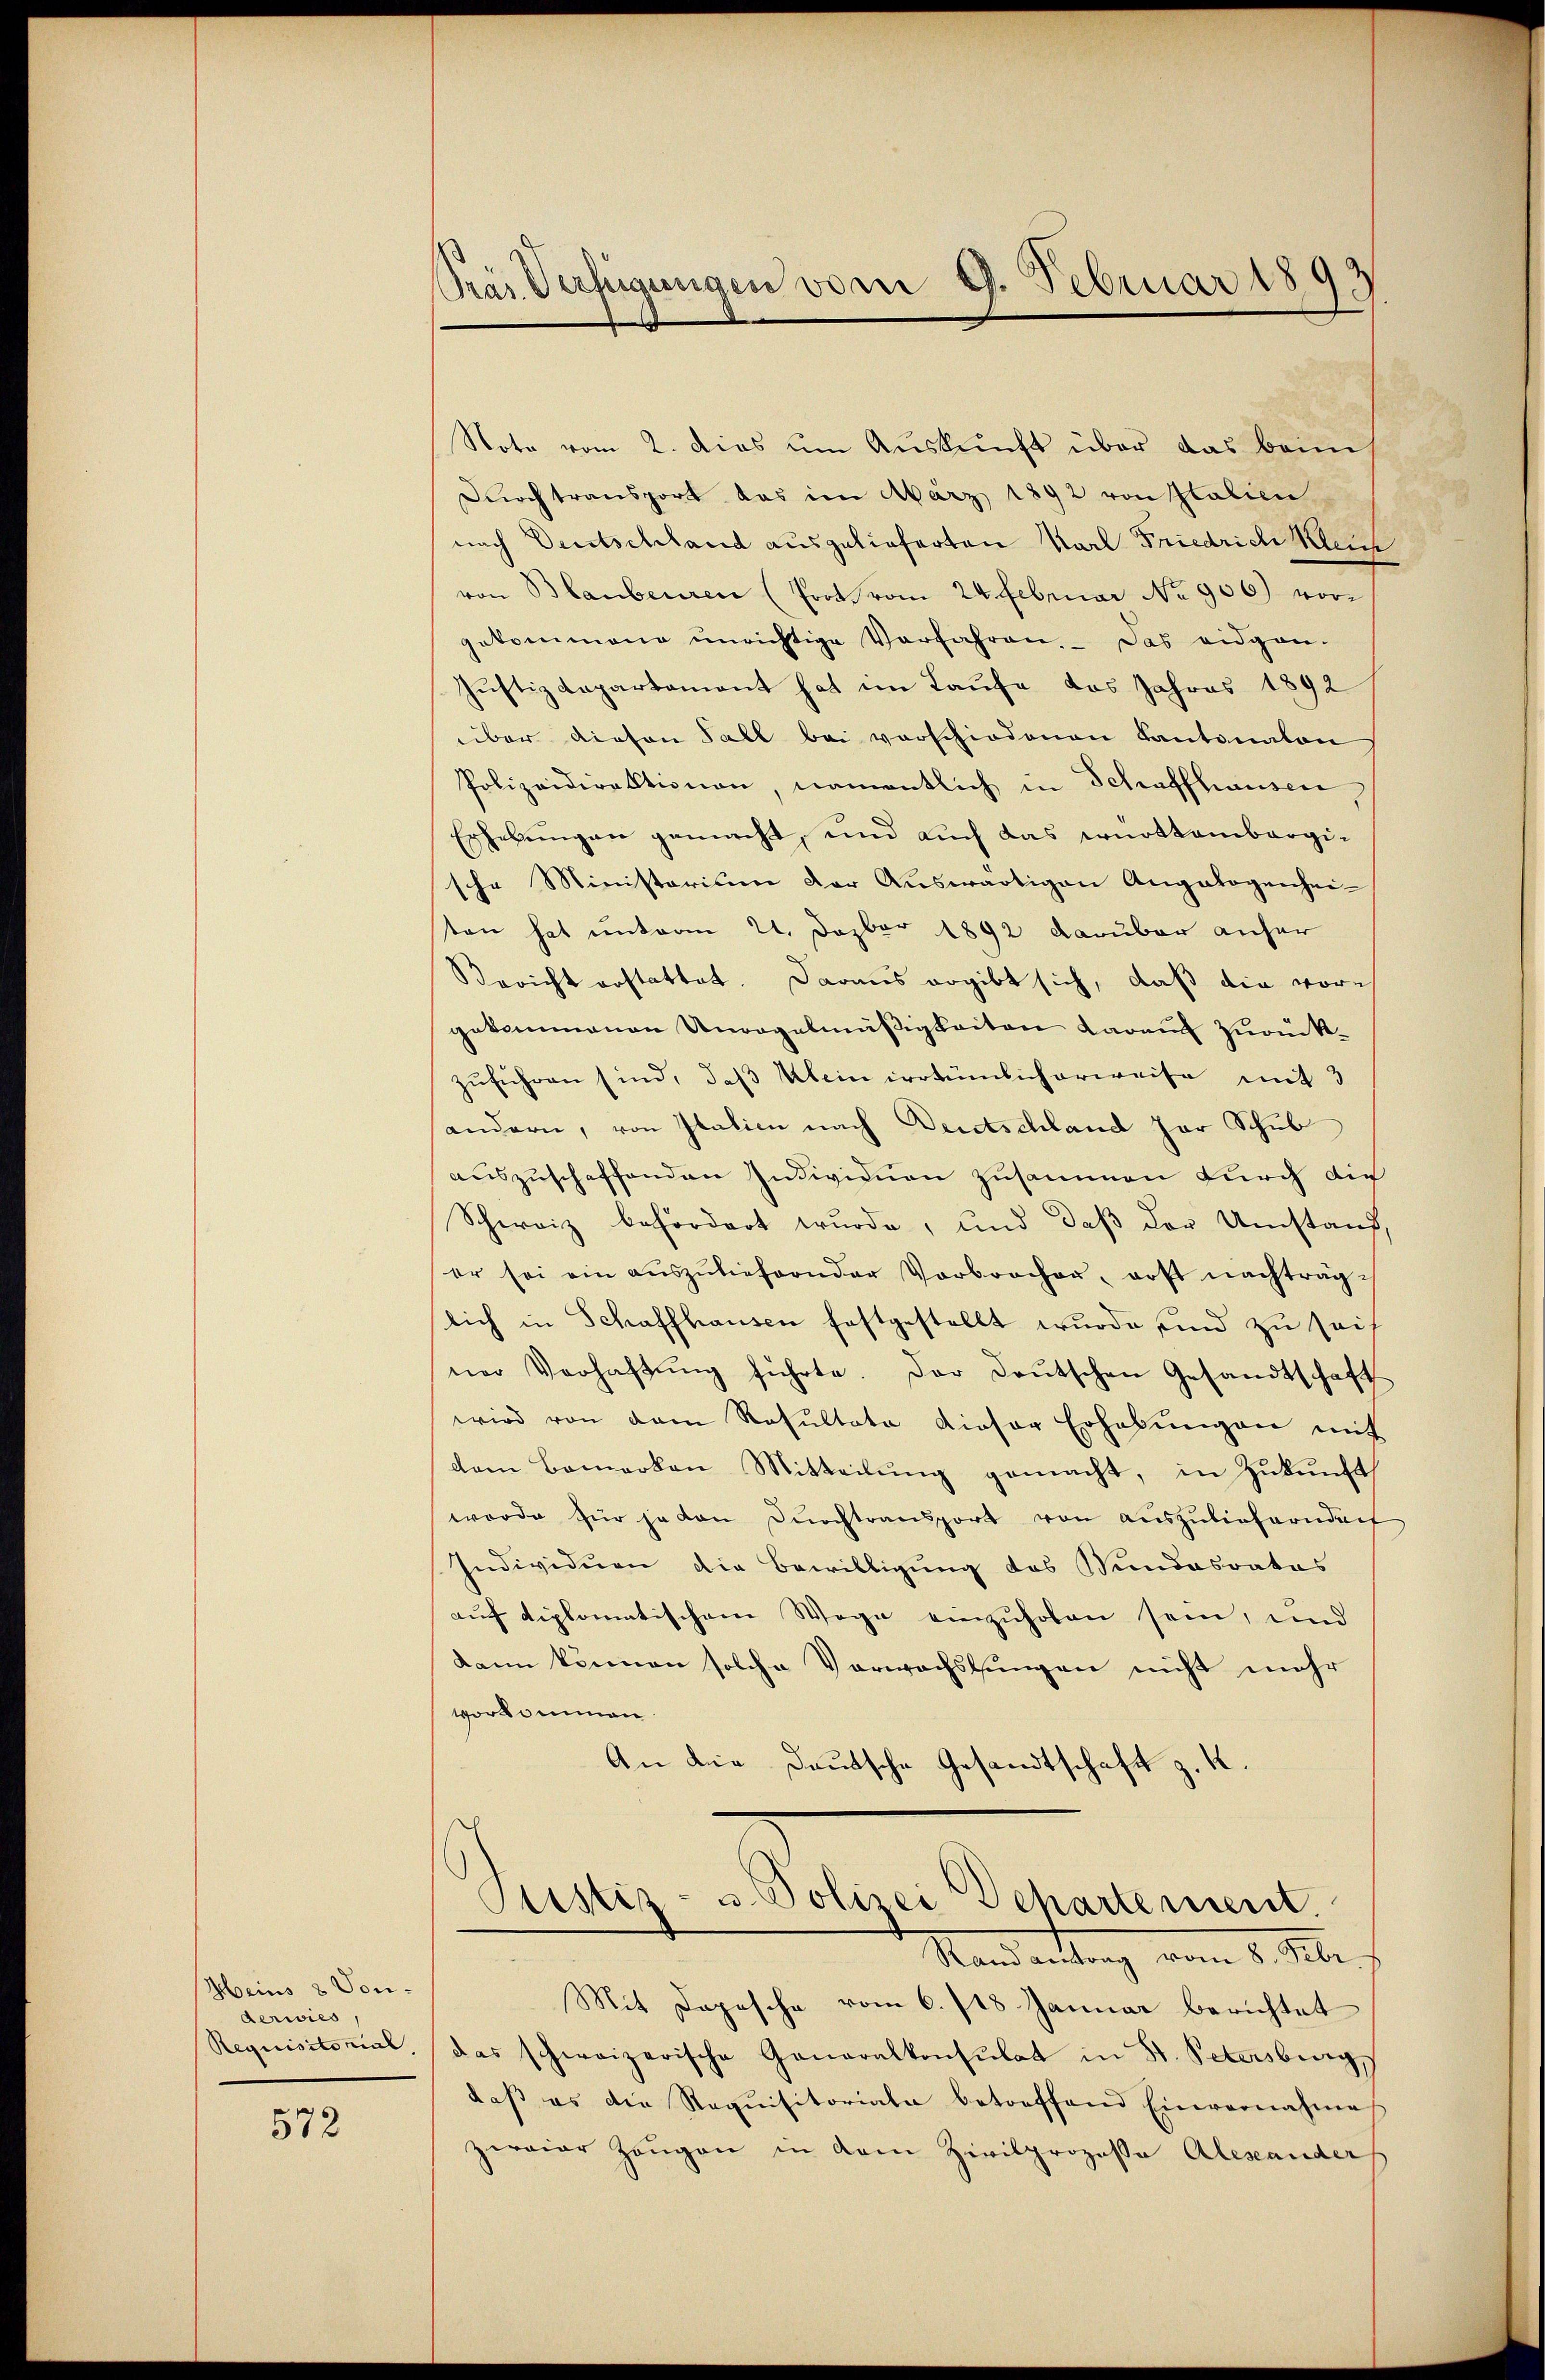
Heins 8 Vonderwies
Requisitorial,

572

Pras Verfügungen vom 9. Februar 1893

Note vom 2. dies um Auskunft über das beim
Durch transport das im März 1892 von Italien
nach Deutschland ausgelieferten Karl Friedrich heut
von Blaubenren (Prot. vom 24. Februar No 906) vorgekommene unrichtige Verfahren. Das eidgan-
Justizdepartement hat im Laufe das Jahres 1892
über diesen Fall bei vorschiedenen Kantonalen
Polizeidirektionen, namentlich in Schaffhausen,
Erhebungen gemacht, und auch das württembergile Ministerium der Auswärtigen Angelogenhei-
¬
ten hat unterm 21. Dezbr 1892 darüber anher
Bericht erstattet. Daraus ergibt sich, daß die vorgekommenen Unregelmäßigkeiten darauf zurückzŭführen sind, daß Klein irrtümlich erweise mit 3
andern, von Italien nach Deutschland par Schub
auszuscheffenden Individuen zusammen durch die
Schweiz befördert wurde, und daß der Umstand,
er sei ein aŭszŭliefernder Verbrocher, erst nachträglich in Schaffhausen festgestellt wurde sind zu seif
ner Verhaftŭng führte. Der Deutschen Gesandtschaft
wird von dem Resultate dieser Erhebŭngen mit
dem Bemerken Mitteilŭng gemacht, in Zŭkŭnft
worde für jeden Durchtransport von auszulieferndach
Individuen die Bewilligung des Bundesrates
auf diplomatischem Wege einzuholen sein, und
dann können solche Verwachslungen nicht mehr
vorkommen.
An die Deutsche Gesandtschaft z. K.
Justiz- u. Polizei Departement.
Stand antrag vom 2. Mi
Mit Depesche vom 6./18. Januar berichtet
das schweizerische Generalkonsulat in St. Petersburg,
daß es die Requisitoriale betreffend Einvernahmes
zweier Zeŭgen in dem Zivilprozessa Alexanders